Indian journal of veterinary science and animal husbandry - Volume 11,
Year: 1941
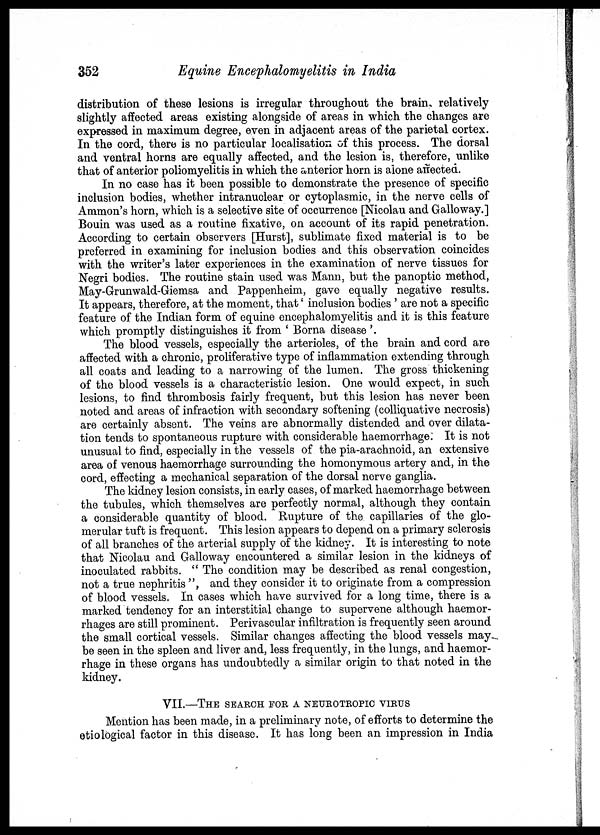
352
Equine Encephalomyelitis in India
distribution of these lesions is irregular throughout the brain, relatively
slightly affected areas existing alongside of areas in which the changes are
expressed in maximum degree, even in adjacent areas of the parietal cortex.
In the cord, there is no particular localisation of this process. The dorsal
and ventral horns are equally affected, and the lesion is, therefore, unlike
that of anterior poliomyelitis in which the anterior horn is alone affected.
In no case has it been possible to demonstrate the presence of specific
inclusion bodies, whether intranuclear or cytoplasmic, in the nerve cells of
Ammon's horn, which is a selective site of occurrence [Nicolau and Galloway.]
Bouin was used as a routine fixative, on account of its rapid penetration.
According to certain observers [Hurst], sublimate fixed material is to be
preferred in examining for inclusion bodies and this observation coincides
with the writer's later experiences in the examination of nerve tissues for
Negri bodies. The routine stain used was Mann, but the panoptic method,
May-Grunwald-Giemsa and Pappenheim, gave equally negative results.
It appears, therefore, at the moment, that ' inclusion bodies ' are not a specific
feature of the Indian form of equine encephalomyelitis and it is this feature
which promptly distinguishes it from ' Borna disease'.
The blood vessels, especially the arterioles, of the brain and cord are
affected with a chronic, proliferative type of inflammation extending through
all coats and leading to a narrowing of the lumen. The gross thickening
of the blood vessels is a characteristic lesion. One would expect, in such
lesions, to find thrombosis fairly frequent, but this lesion has never been
noted and areas of infraction with secondary softening (colliquative necrosis)
are certainly absent. The veins are abnormally distended and over dilata-
tion tends to spontaneous rupture with considerable haemorrhage. It is not
unusual to find, especially in the vessels of the pia-arachnoid, an extensive
area of venous haemorrhage surrounding the homonymous artery and, in the
cord, effecting a mechanical separation of the dorsal nerve ganglia.
The kidney lesion consists, in early cases, of marked haemorrhage between
the tubules, which themselves are perfectly normal, although they contain
a considerable quantity of blood. Rupture of the capillaries of the glo-
merular tuft is frequent. This lesion appears to depend on a primary sclerosis
of all branches of the arterial supply of the kidney. It is interesting to note
that Nicolau and Galloway encountered a similar lesion in the kidneys of
inoculated rabbits. " The condition may be described as renal congestion,
not a true nephritis ", and they consider it to originate from a compression
of blood vessels. In cases which have survived for a long time, there is a
marked tendency for an interstitial change to supervene although haemor-
rhages are still prominent. Perivascular infiltration is frequently seen around
the small cortical vessels. Similar changes affecting the blood vessels may-
be seen in the spleen and liver and, less frequently, in the lungs, and haemor-
rhage in these organs has undoubtedly a similar origin to that noted in the
kidney.
VII.—THE SEARCH FOR A NEUROTROPIC VIRUS
Mention has been made, in a preliminary note, of efforts to determine the
etiological factor in this disease. It has long been an impression in India